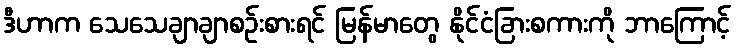
ဒီဟာက သေသေချာချာစဉ်းစားရင် မြန်မာတွေ နိုင်ငံခြားစကားကို ဘာကြောင့်